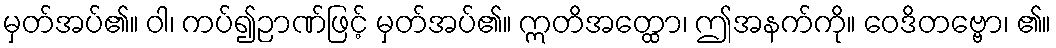
မှတ်အပ်၏။ ဝါ၊ ကပ်၍ဉာဏ်ဖြင့် မှတ်အပ်၏။ ဣတိအတ္ထော၊ ဤအနက်ကို။ ဝေဒိတဗ္ဗော၊ ၏။